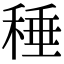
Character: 䅜